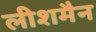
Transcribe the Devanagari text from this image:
लीशमैन